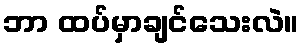
ဘာ ထပ်မှာချင်သေးလဲ။